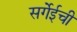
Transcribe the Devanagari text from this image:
सर्गेईची